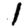
Digit: 1